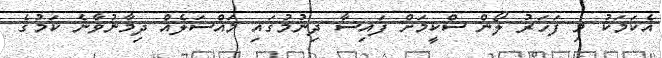
އެކަމަކު މި ފަހަރު ލޯން ސްކީމަށް ފައިސާ ދިނުމުގައި މައްސަލެއް ދިމާނުވާނެ ކަމުގެ